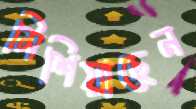
মিশিয়াছেন